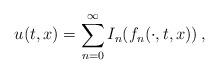
LaTeX: \begin{align*} u(t,x) = \sum_{n=0}^{\infty} I_n(f_n(\cdot,t,x))\,, \end{align*}